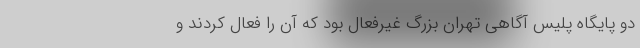
دو پایگاه پلیس آگاهی تهران بزرگ غیرفعال بود که آن را فعال کردند و